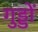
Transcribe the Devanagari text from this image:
गुड्डों